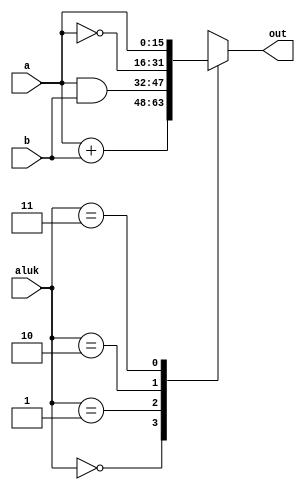
module Alu #(parameter WIDTH = 16)
            (input [1:0] aluk,
             input [WIDTH-1:0] a,
             input [WIDTH-1:0] b,
             output reg [WIDTH-1:0] out = 16'h0000);

    always@(*)
        begin
            case (aluk)
            2'b00:   // ADD
                out = a + b;
            2'b01:   // AND
                out = a & b;
            2'b10:   // NOT
                out = ~a;
            2'b11: // PASSA
                out = a;
            endcase
        end
endmodule

module Adder #(parameter WIDTH = 16) 
              (input [WIDTH-1:0] d0,
               input [WIDTH-1:0] d1,
               output [WIDTH-1:0] out);
    assign out = d0 + d1;
endmodule

module Increment(input [15:0] d,
                    output [15:0] out);
    assign out = d + 1;
endmodule